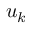
\boldsymbol { u } _ { k }